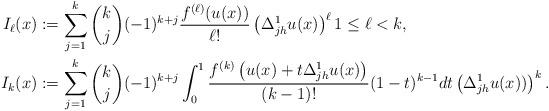
LaTeX: \begin{align*}I_\ell(x) &:= \sum_{j=1}^{k} \binom k j (-1)^{k+j} \frac{f^{(\ell)}(u(x))}{\ell !} \left(\Delta_{jh}^1 u(x) \right)^\ell1\le \ell <k,\\I_k (x) & := \sum_{j=1}^k \binom k j (-1)^{k+j} \int_0^1 \frac{f^{(k)} \left(u(x)+t \Delta_{jh}^1 u(x)\right)}{(k-1)!} (1-t)^{k-1} dt \left(\Delta_{jh}^1 u(x))\right)^k.\end{align*}